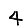
Digit: 4